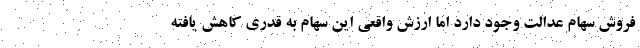
فروش سهام عدالت وجود دارد اما ارزش واقعی این سهام به قدری کاهش یافته